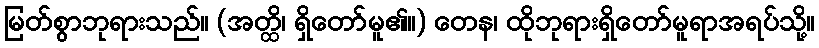
မြတ်စွာဘုရားသည်။ (အတ္ထိ၊ ရှိတော်မူ၏။) တေန၊ ထိုဘုရားရှိတော်မူရာအရပ်သို့။